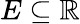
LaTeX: E\subseteq\mathbb{R}